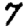
Digit: 7